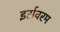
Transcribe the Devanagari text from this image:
इर्रावरम